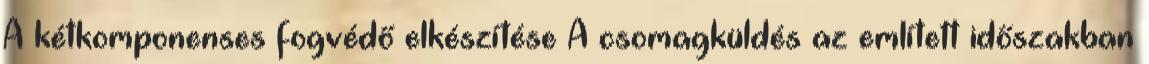
A kétkomponenses fogvédő elkészítése A csomagküldés az említett időszakban